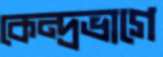
কেন্দ্রভাগে